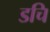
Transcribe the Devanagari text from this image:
डचि